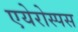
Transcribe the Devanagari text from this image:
एयेरोस्पस